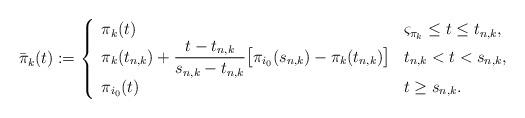
LaTeX: \begin{align*}\bar{\pi}_{k}(t):= \left\{\begin{array}{ll}\pi_{k}(t) & \varsigma_{\pi_{k}}\leq t\leq t_{n,k},\\\pi_{k}(t_{n,k})+\dfrac{t-t_{n,k}}{s_{n,k}-t_{n,k}}\big[\pi_{i_{0}}(s_{n,k})-\pi_{k}(t_{n,k})\big] & t_{n,k}< t< s_{n,k},\\\pi_{i_{0}}(t) & t\geq s_{n,k}. \end{array} \right.\end{align*}